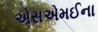
એસએમઈના